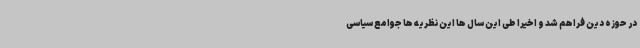
در حوزه دین فراهم شد و اخیرا طی این سال ها این نظریه ها جوامع سیاسی